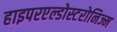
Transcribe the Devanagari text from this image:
हाइपरएल्डोस्टरोनिज्म